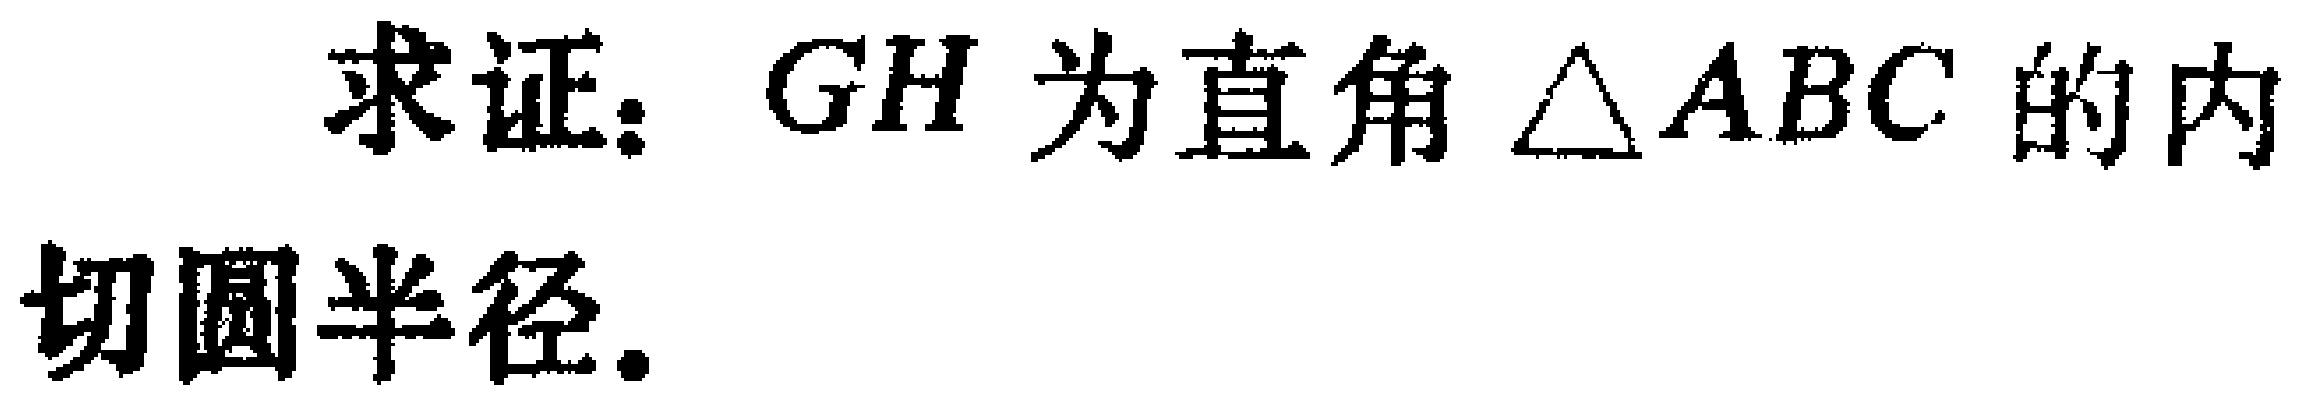
求证：$GH$为直角$\triangle ABC$的内切圆半径.